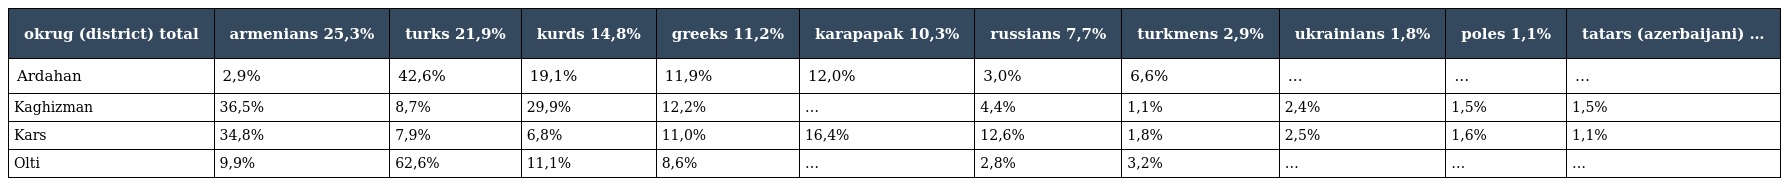
| okrug (district) total | armenians 25,3% | turks 21,9% | kurds 14,8% | greeks 11,2% | karapapak 10,3% | russians 7,7% | turkmens 2,9% | ukrainians 1,8% | poles 1,1% | tatars (azerbaijani) … |
 | --- | --- | --- | --- | --- | --- | --- | --- | --- | --- | --- |
 | Ardahan | 2,9% | 42,6% | 19,1% | 11,9% | 12,0% | 3,0% | 6,6% | … | … | … |
 | Kaghizman | 36,5% | 8,7% | 29,9% | 12,2% | … | 4,4% | 1,1% | 2,4% | 1,5% | 1,5% |
 | Kars | 34,8% | 7,9% | 6,8% | 11,0% | 16,4% | 12,6% | 1,8% | 2,5% | 1,6% | 1,1% |
 | Olti | 9,9% | 62,6% | 11,1% | 8,6% | … | 2,8% | 3,2% | … | … | … |